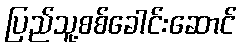
ပြည်သူ့စစ်ခေါင်းဆောင်